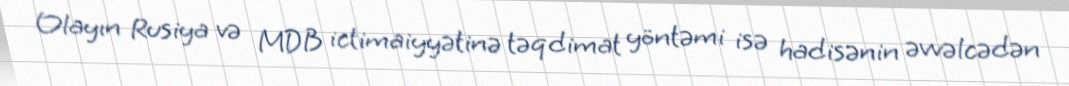
Olayın Rusiya və MDB ictimaiyyətinə təqdimat yöntəmi isə hadisənin əvvəlcədən